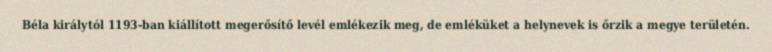
Béla királytól 1193-ban kiállított megerősítő levél emlékezik meg, de emléküket a helynevek is őrzik a megye területén.